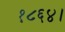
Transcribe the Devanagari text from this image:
१८६४।